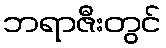
ဘရာဇီးတွင်